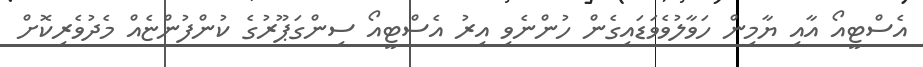
އެސްޓީއޯ އާއި ޔާމިން ހަވާލުވެވަޑައިގެން ހުންނެވި އިރު އެސްޓީއޯ ސިންގަޕޫރުގެ ކުންފުންޏެއް މެދުވެރިކޮށް